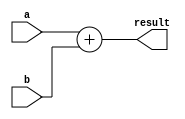
`timescale 1ns / 1ps
//////////////////////////////////////////////////////////////////////////////////
// Company: 
// Engineer: 
// 
// Design Name: 
// Module Name: adder
// Project Name: 
// Target Devices: 
// Tool Versions: 
// Description: 
// 
// Dependencies: 
// 
// Revision:
// Revision 0.01 - File Created
// Additional Comments:
// 
//////////////////////////////////////////////////////////////////////////////////

module adder(result, a, b);
    parameter word = 32;

    input   [word - 1:0]    a,     b;
    output  [word - 1:0]    result;
    
    reg     [word - 1:0]    result;
    
    initial begin
        result = 0;
    end
    
    always @(a, b) begin
        result = a + b;
    end
endmodule